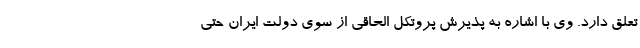
تعلق دارد. وی با اشاره به پذیرش پروتکل الحاقی از سوی دولت ایران حتی